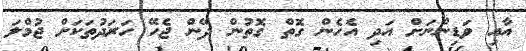
އާއި ވަޑިންނަށް އަދި އެހެން ގޮތް ގޮތުން ދޭން ޖެހޭ ހަރަދުތަކަށް ޖުމްލަ